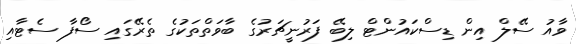
ވާއު ސޭލް އިން ޑިސްކައުންޓް ލިބޭ ފަރުނީޗަރުގެ ބާވަތްތަކުގެ ތެރޭގައި ސޯފާ ސެޓާއި